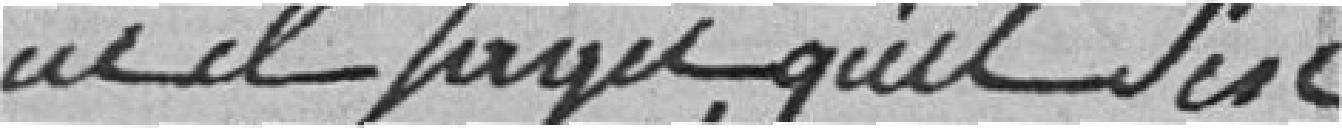
donc il s'agit, qu'il s'est